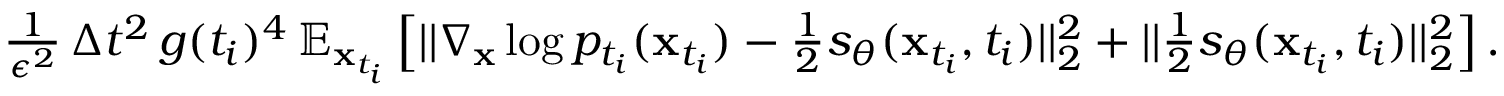
\begin{array} { r } { \frac { 1 } { \epsilon ^ { 2 } } \, \Delta t ^ { 2 } \, g ( t _ { i } ) ^ { 4 } \, \mathbb { E } _ { \mathbf { x } _ { t _ { i } } } \left[ | | \nabla _ { \mathbf { x } } \log p _ { t _ { i } } ( \mathbf { x } _ { t _ { i } } ) - \frac { 1 } { 2 } s _ { \theta } ( \mathbf { x } _ { t _ { i } } , t _ { i } ) | | _ { 2 } ^ { 2 } + | | \frac { 1 } { 2 } s _ { \theta } ( \mathbf { x } _ { t _ { i } } , t _ { i } ) | | _ { 2 } ^ { 2 } \right] . } \end{array}